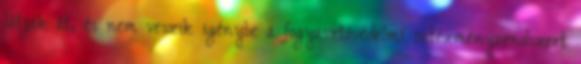
látják át, és nem veszik igénybe a fogyasztóvédelmi intézményrendszert